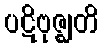
ပဋိဗုဇ္ဈတိ